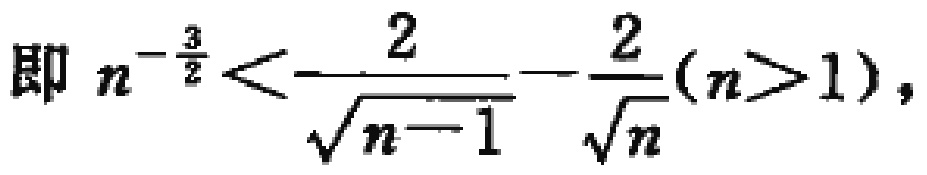
即 \(n^{-\frac{3}{2}}<\frac{2}{\sqrt{n - 1}}-\frac{2}{\sqrt{n}}(n>1)\)，